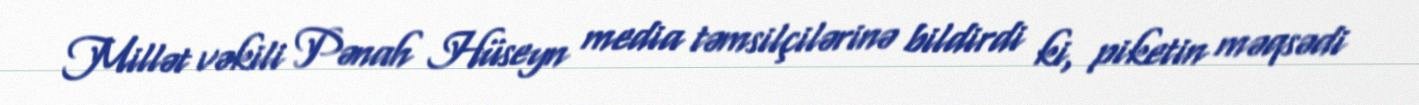
Millət vəkili Pənah Hüseyn media təmsilçilərinə bildirdi ki, piketin məqsədi